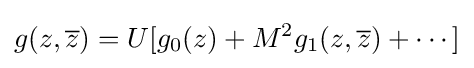
g(z,{\overline {z}})=U[g_{0}(z)+M^{2}g_{1}(z,{\overline {z}})+\cdots ]